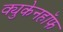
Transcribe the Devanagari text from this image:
क्युकेनहॉफ